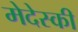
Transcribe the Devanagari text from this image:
मेदेस्की